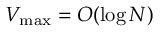
V _ { \mathrm { m a x } } = { \cal O } ( \log N )